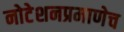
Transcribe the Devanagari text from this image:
नोटेशनप्रमाणेच